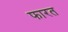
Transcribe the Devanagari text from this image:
फारत